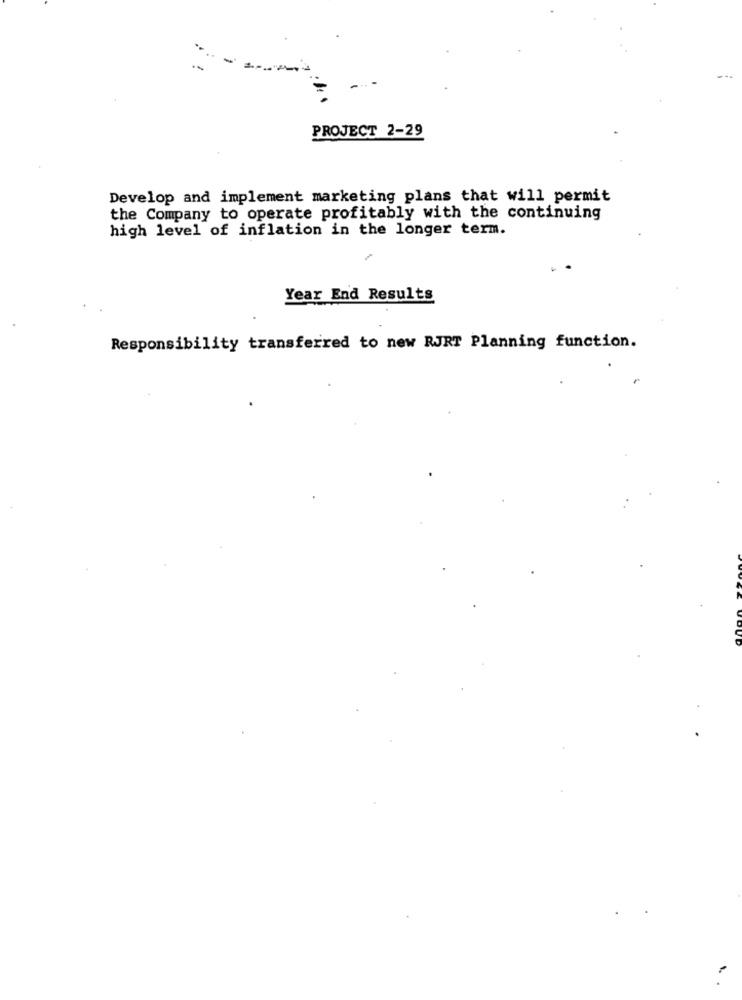
.
PROJECT 2-29
Develop and implement marketing plans that will permit
the Company to operate profitably with the continuing
high level of inflation in the longer term.
Year End Results
Responsibility transferred to new RJRT Planning function.